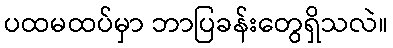
ပထမထပ်မှာ ဘာပြခန်းတွေရှိသလဲ။